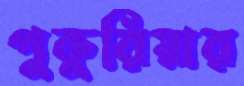
পুকুরিয়ার